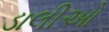
ડાલીઓ